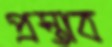
প্রস্তাব